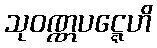
သုဝဏ္ဏပဋ္ဋေဟိ